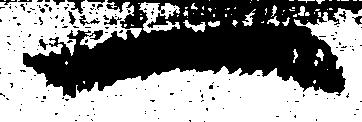
一